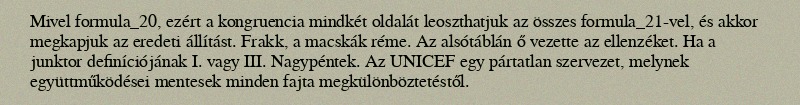
Mivel formula_20, ezért a kongruencia mindkét oldalát leoszthatjuk az összes formula_21-vel, és akkor megkapjuk az eredeti állítást. Frakk, a macskák réme. Az alsótáblán ő vezette az ellenzéket. Ha a junktor definíciójának I. vagy III. Nagypéntek. Az UNICEF egy pártatlan szervezet, melynek együttműködései mentesek minden fajta megkülönböztetéstől.